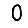
Digit: 0